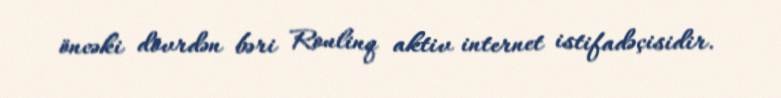
öncəki dövrdən bəri Roulinq aktiv internet istifadəçisidir.